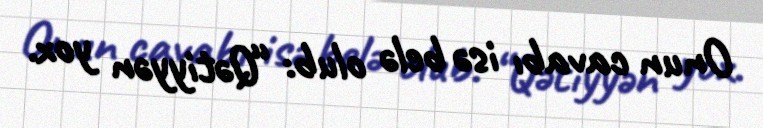
Onun cavabı isə belə olub: “Qətiyyən yox.